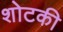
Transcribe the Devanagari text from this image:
शोटकी